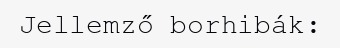
Jellemző borhibák: